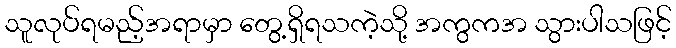
သူလုပ်ရမည့်အရာမှာ တွေ့ရှိရသကဲ့သို့ အကွကအ သွားပါသဖြင့်